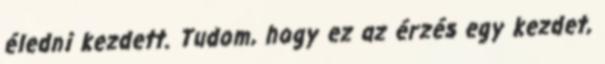
éledni kezdett. Tudom, hogy ez az érzés egy kezdet,